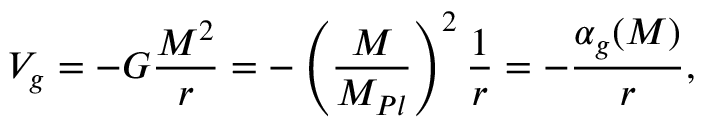
V _ { g } = - G \frac { M ^ { 2 } } { r } = - \left( \frac { M } { M _ { P l } } \right) ^ { 2 } \frac { 1 } { r } = - \frac { \alpha _ { g } ( M ) } { r } ,